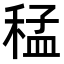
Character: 𮃑